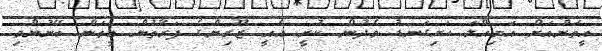
އީތަންއަށް އަމިއްލަ ހަށިގަނޑު ވެދުން ކުރީ އެއީ ޒޫރިންގެ ފަރާތުން އީތަން ބޭނުންވި